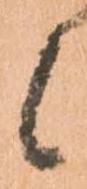
候